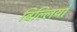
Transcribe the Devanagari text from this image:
बिल्‍लियां